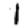
Digit: 1